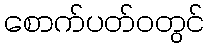
စောက်ပတ်ဝတွင်